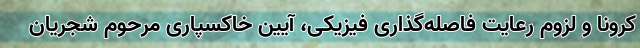
کرونا و لزوم رعایت فاصله‌گذاری فیزیکی، آیین خاکسپاری مرحوم شجریان